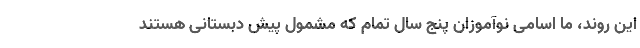
این روند، ما اسامی نوآموزان پنج سال تمام که مشمول پیش دبستانی هستند